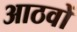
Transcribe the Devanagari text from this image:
आठवों